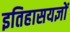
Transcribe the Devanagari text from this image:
इतिहासयज्ञों